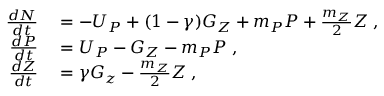
\begin{array} { r l } { \frac { d N } { d t } } & { { } = - U _ { P } + ( 1 - \gamma ) G _ { Z } + m _ { P } P + \frac { m _ { Z } } { 2 } Z \; , } \\ { \frac { d P } { d t } } & { { } = U _ { P } - G _ { Z } - m _ { P } P \; , } \\ { \frac { d Z } { d t } } & { { } = \gamma G _ { z } - \frac { m _ { Z } } { 2 } Z \; , } \end{array}